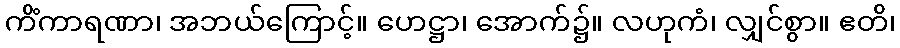
ကိံကာရဏာ၊ အဘယ်ကြောင့်။ ဟေဋ္ဌာ၊ အောက်၌။ လဟုကံ၊ လျှင်စွာ။ ဧတိ၊